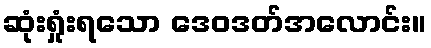
ဆုံးရှုံးရသော ဒေဝဒတ်အလောင်း။